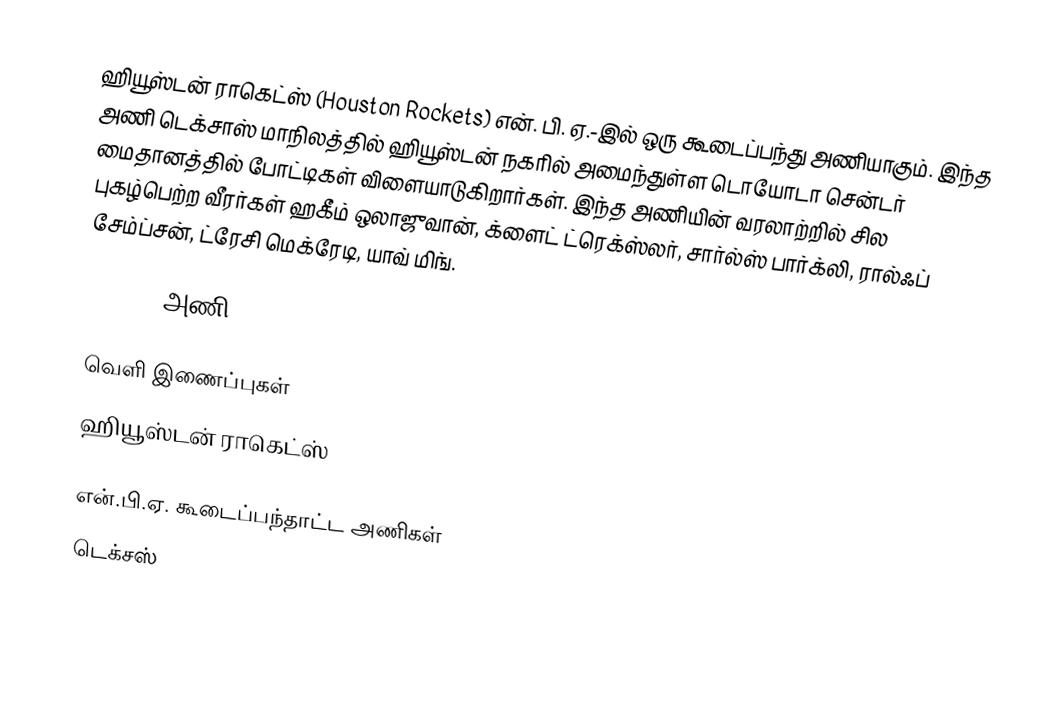
ஹியூஸ்டன் ராகெட்ஸ் (Houston Rockets) என். பி. ஏ.-இல் ஒரு கூடைப்பந்து அணியாகும். இந்த அணி டெக்சாஸ் மாநிலத்தில் ஹியூஸ்டன் நகரில் அமைந்துள்ள டொயோடா சென்டர் மைதானத்தில் போட்டிகள் விளையாடுகிறார்கள். இந்த அணியின் வரலாற்றில் சில புகழ்பெற்ற வீரர்கள் ஹகீம் ஒலாஜுவான், க்ளைட் ட்ரெக்ஸ்லர், சார்ல்ஸ் பார்க்லி, ரால்ஃப் சேம்ப்சன், ட்ரேசி மெக்ரேடி, யாவ் மிங்.

2007/08 அணி

வெளி இணைப்புகள்
 ஹியூஸ்டன் ராகெட்ஸ்

என்.பி.ஏ. கூடைப்பந்தாட்ட அணிகள்
டெக்சஸ்